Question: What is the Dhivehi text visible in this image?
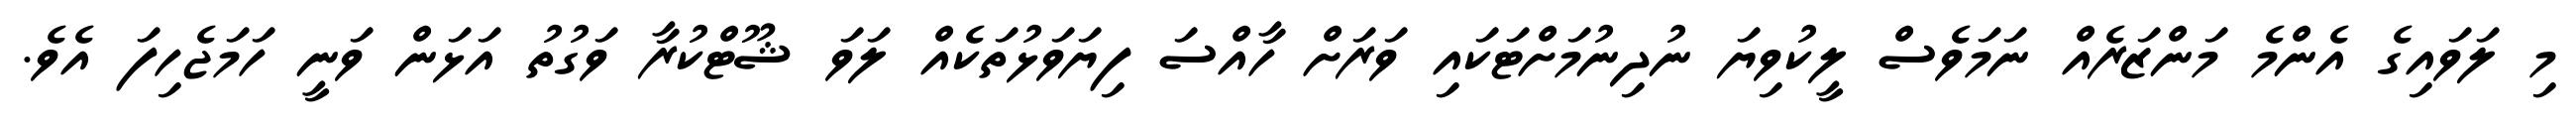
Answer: މި ލަވައިގެ އެންމެ މަންޒަރެއް ނަމަވެސް ލީކުވިޔަ ނުދިނުމަށްޓަކައި ވަރަށް ހާއްސަ ފިޔަވަޅުތަކެއް ލަވަ ޝޫޓްކުރާ ވަގުތު އަޅަން ވަނީ ހަމަޖެހިފަ އެވެ.